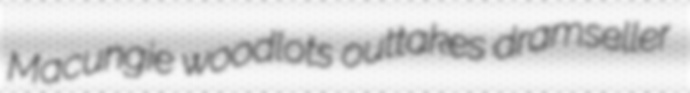
Macungie woodlots outtakes dramseller